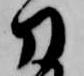
刀